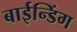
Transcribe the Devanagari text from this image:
बाईन्डिंग